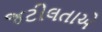
જટીલતાએ